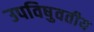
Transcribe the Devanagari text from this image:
उपविषुवतीय